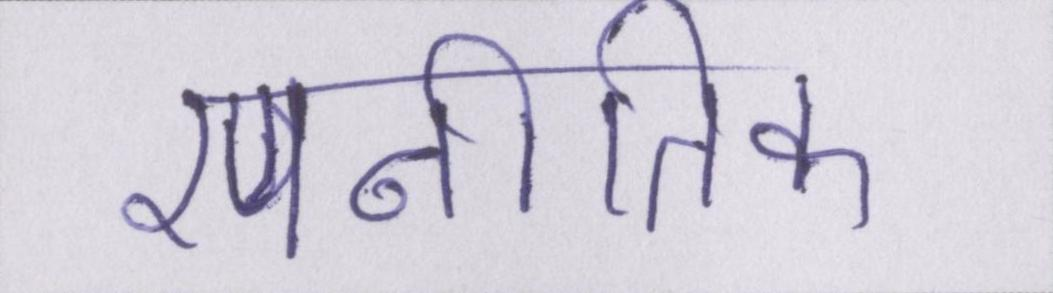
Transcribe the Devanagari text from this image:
रणनीतिक